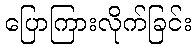
ပြောကြားလိုက်ခြင်း